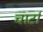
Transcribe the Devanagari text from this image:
चार्टा